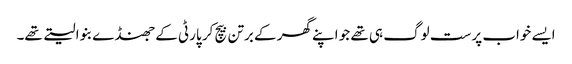
ایسے خواب پرست لوگ ہی تھے جو اپنے گھر کے برتن بیچ کر پارٹی کے جھنڈے بنوا لیتے تھے۔